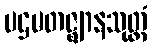
ပဌမတဇ္ဈာနသုတ္တံ